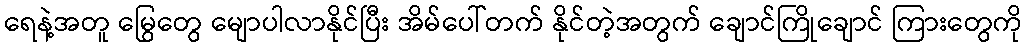
ရေနဲ့အတူ မြွေတွေ မျောပါလာနိုင်ပြီး အိမ်ပေါ်တက် နိုင်တဲ့အတွက် ချောင်ကြိုချောင် ကြားတွေကို